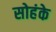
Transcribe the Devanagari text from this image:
सोहंके